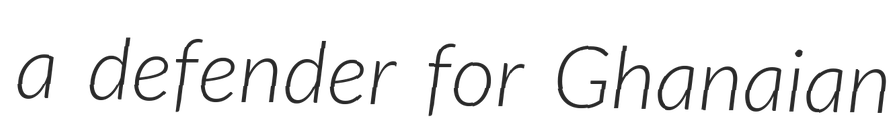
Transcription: a defender for Ghanaian